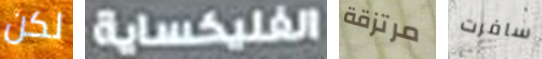
لكن الفلكساية مرتزقة سافرت